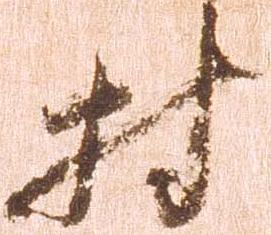
村